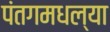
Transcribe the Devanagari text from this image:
पंतगमधल्या